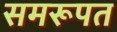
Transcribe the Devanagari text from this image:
समरूपत